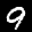
Label: 9